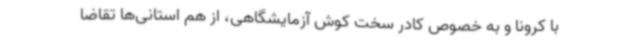
با کرونا و به خصوص کادر سخت کوش آزمایشگاهی، از هم استانی‌ها تقاضا